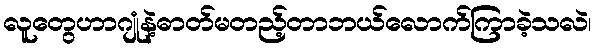
လူတွေဟာဂျုံနဲ့ဓာတ်မတည့်တာဘယ်လောက်ကြာခဲ့သလဲ၊